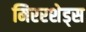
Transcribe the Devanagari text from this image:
मिररशेड्स